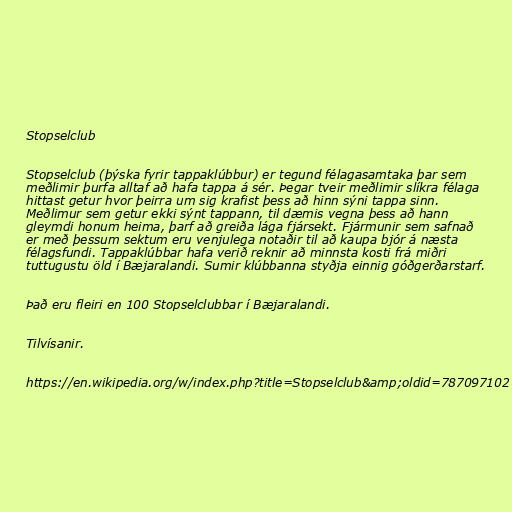
Stopselclub

Stopselclub (þýska fyrir tappaklúbbur) er tegund félagasamtaka þar sem
meðlimir þurfa alltaf að hafa tappa á sér. Þegar tveir meðlimir slíkra félaga
hittast getur hvor þeirra um sig krafist þess að hinn sýni tappa sinn.
Meðlimur sem getur ekki sýnt tappann, til dæmis vegna þess að hann
gleymdi honum heima, þarf að greiða lága fjársekt. Fjármunir sem safnað
er með þessum sektum eru venjulega notaðir til að kaupa bjór á næsta
félagsfundi. Tappaklúbbar hafa verið reknir að minnsta kosti frá miðri
tuttugustu öld í Bæjaralandi. Sumir klúbbanna styðja einnig góðgerðarstarf.

Það eru fleiri en 100 Stopselclubbar í Bæjaralandi.

Tilvísanir.

https://en.wikipedia.org/w/index.php?title=Stopselclub&amp;oldid=787097102